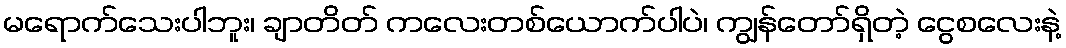
မရောက်သေးပါဘူး၊ ချာတိတ် ကလေးတစ်ယောက်ပါပဲ၊ ကျွန်တော်ရှိတဲ့ ငွေစလေးနဲ့